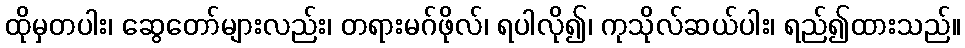
ထိုမှတပါး၊ ဆွေတော်များလည်း၊ တရားမဂ်ဖိုလ်၊ ရပါလို၍၊ ကုသိုလ်ဆယ်ပါး၊ ရည်၍ထားသည်။